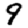
Digit: 9